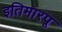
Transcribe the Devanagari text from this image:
इतिमारपू